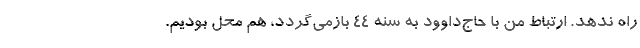
راه ندهد. ارتباط من با حاج‌داوود به سنه ۴۴ بازمی‌گردد، هم محل بودیم.